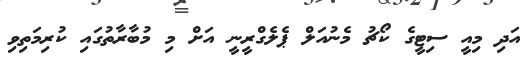
އަދި މިއީ ސިޓީގެ ކޯޗު މެނުއަލް ޕެލެގްރީނީ އަށް މި މުބާރާތުގައި ކުރިމަތިވި